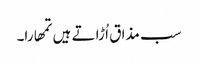
سب مذا ق اُ ڑا تے ہیں تمھارا۔